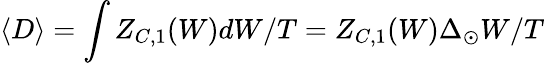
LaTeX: \langle D\rangle=\int Z_{C,1}(W)dW/T=Z_{C,1}(W)\Delta_{\odot}W/T